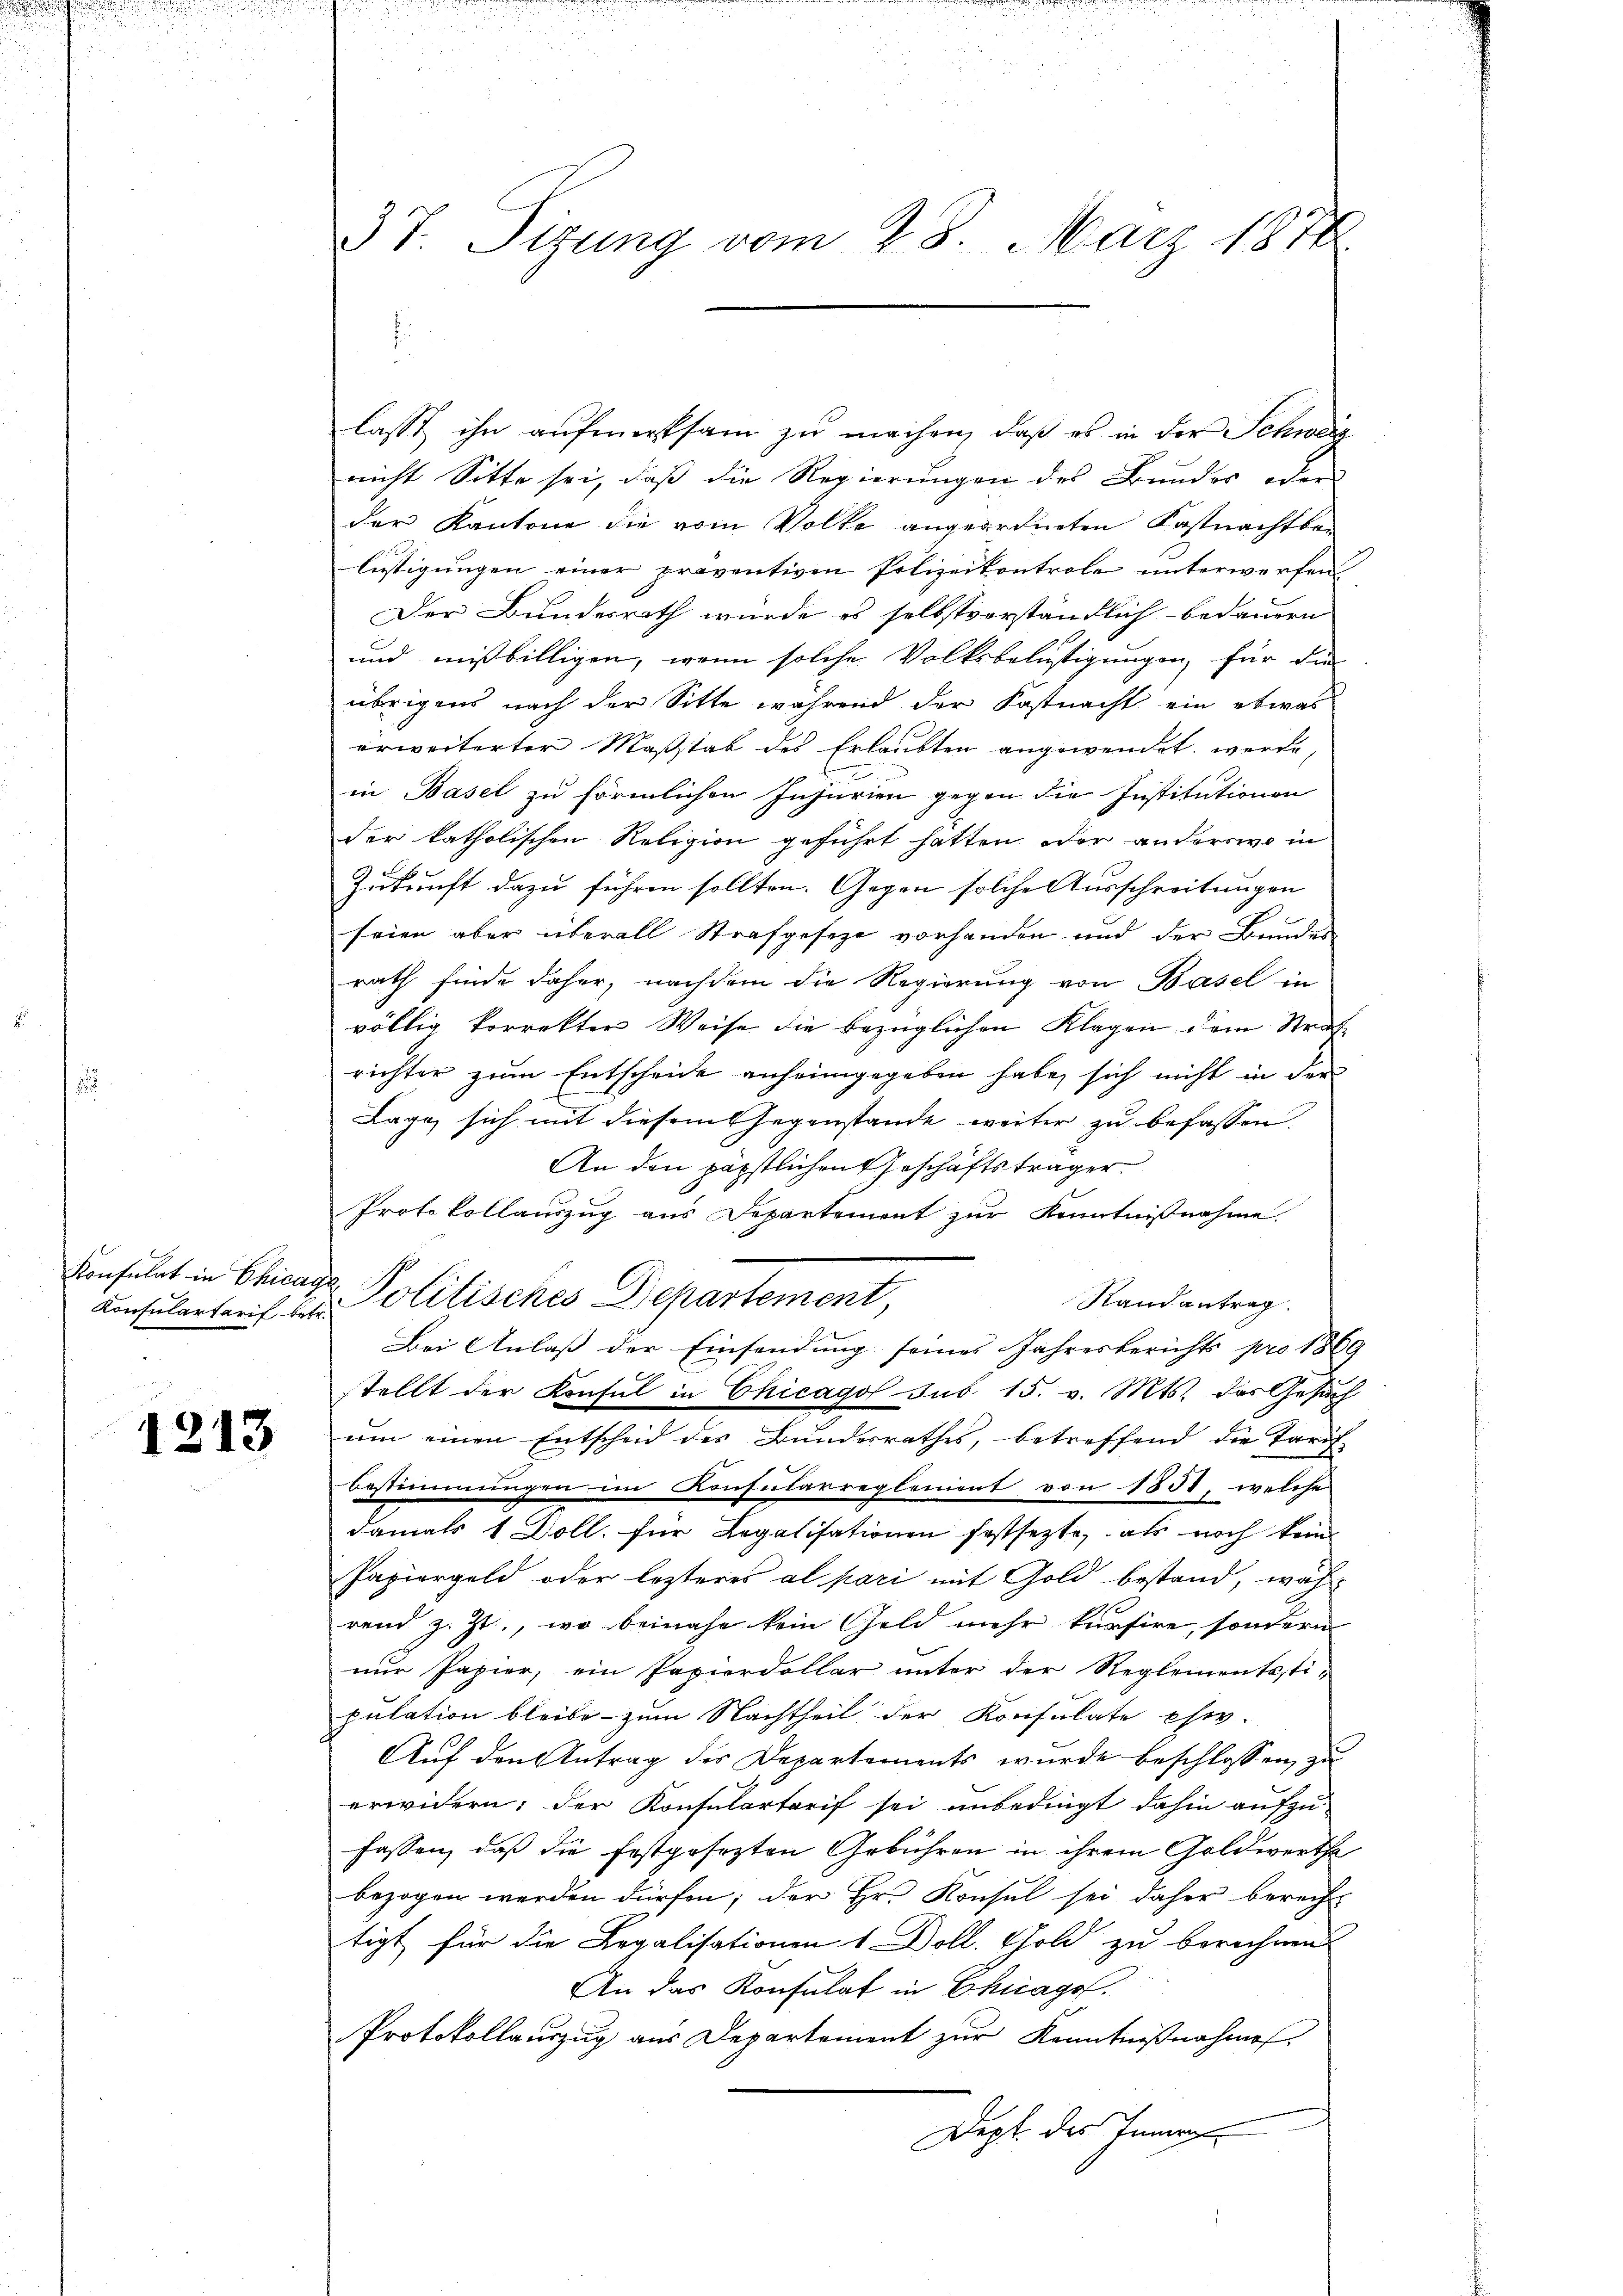
Konsulat in Chicag
Konsulartarif betr.

1213

3 T. Sizung vom 28. März 1872

lasst ihn aufmerksam zu machen, daß es in der Schweis
nicht Sitte sei, daß die Regierungen des Bunder oder
der Kantone die vom Volke angeordneten Kastnachtbe-
lästigungen einer proventiven Polizeikontrole unterwerfen
Der Bundesrath wurde es selbstverständlich bedauern
und mißbilligen, wenn solche Volksbelustigungen, für die
übrigens nach der Sitte während der Fastnacht ein etwas
erweiterter Maßstab des Erlaubten angewendet werde,
in Basel zu förmlichen Injurien gegen die Institutionen
der katholischen Religion geführt hatten oder anderswo in
Zukunft dazu führen sollten. Gegen solche Ausschreitungen
seien aber überall Strafgesetze vorhanden und der Bundes-
rath finde daher, nachdem die Regierung von Basel in
völlig korrekter Weise die bezüglichen Klagen dem Straßrichter zum Entscheide anheimgegeben habe, sich nicht in der
Lage, sich mit diesem Gegenstände weiter zu befassen.
An den päpstlichen Geschäftsträger
Protokollauszug aus Departement zur Kenntnißnahme.
 Politisches Departement,
Stand antrag.
Bei Anlaß der Einsendung seines Jahresberichts pro 180.
stellt der Konsul in Chicagol sub. 15. v. Mts. das Gesuch
um einen Entscheid der Bundesrathes, betreffend die Tarif-
Bestimmungen im Konfularreglement von 1850, welche
damals 1 Doll. für Legalisationen festsezte, als noch kein
Papiergeld oder lezteres al pari mit Gold bestand, wäh
rend z. Zt., wo beinahe kein Geld mehr kursire, sondern
nur Papier, ein Papierdollar unter der Reglementesti-
pulation bleibe - zum Nachtheil der Konsulate eher-
Auf den Antrag des Departements wurde beschlossen zu
erwidern; der Konsulartarif sei unbedingt dahin aufzufassen, daß die festgesezten Gebühren in ihrem Goldwerthe
bezogen werden dürfen; der Hr. Konsul sei daher berecht
tigt für die Legalisationen 1 Doll. Gold zu berechnen
An das Konsulat in Chicago.
Protokollauszug aus Departement zur Kenntnißnahmen.
Dept. des Innern